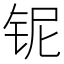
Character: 铌